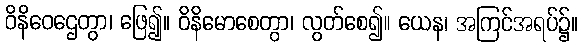
ဝိနိဝေဌေတွာ၊ ဖြေ၍။ ဝိနိမောစေတွာ၊ လွတ်စေ၍။ ယေန၊ အကြင်အရပ်၌။